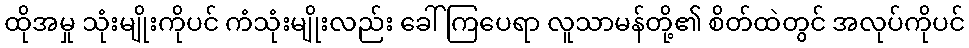
ထိုအမှု သုံးမျိုးကိုပင် ကံသုံးမျိုးလည်း ခေါ် ကြပေရာ လူသာမန်တို့၏ စိတ်ထဲတွင် အလုပ်ကိုပင်